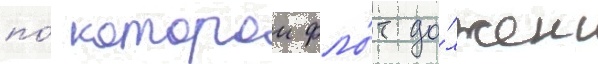
по́ которои фло́т до́лжен